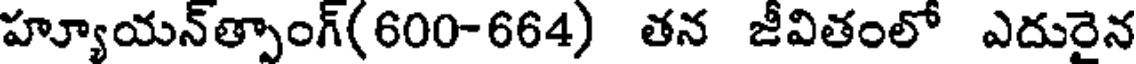
హ్యూయన్త్పాంగ్(600-664) తన జీవితంలో ఎదురైన